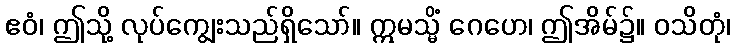
ဧဝံ၊ ဤသို့ လုပ်ကျွေးသည်ရှိသော်။ ဣမသ္မိံ ဂေဟေ၊ ဤအိမ်၌။ ဝသိတုံ၊